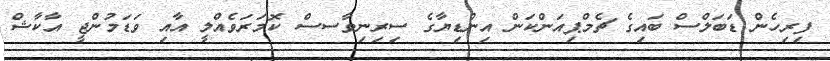
ފިރިހެން ޑަބަލްސް ބައިގެ ޗެމްޕިއަންކަން އިންޑިޔާގެ ސިރިނިވާސސް ކޮމަރަވެއްލީ އާއި ވަޑަމުންޖީ އާކާޝް